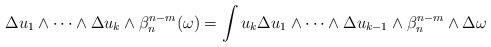
LaTeX: \begin{align*} \begin{aligned}\Delta u_1\wedge\dots\wedge\Delta u_k&\wedge\beta_n^{n-m}(\omega)=\int u_k\Delta u_1\wedge\dots\wedge\Delta u_{k-1}\wedge\beta_n^{n-m}\wedge\Delta \omega\end{aligned} \end{align*}